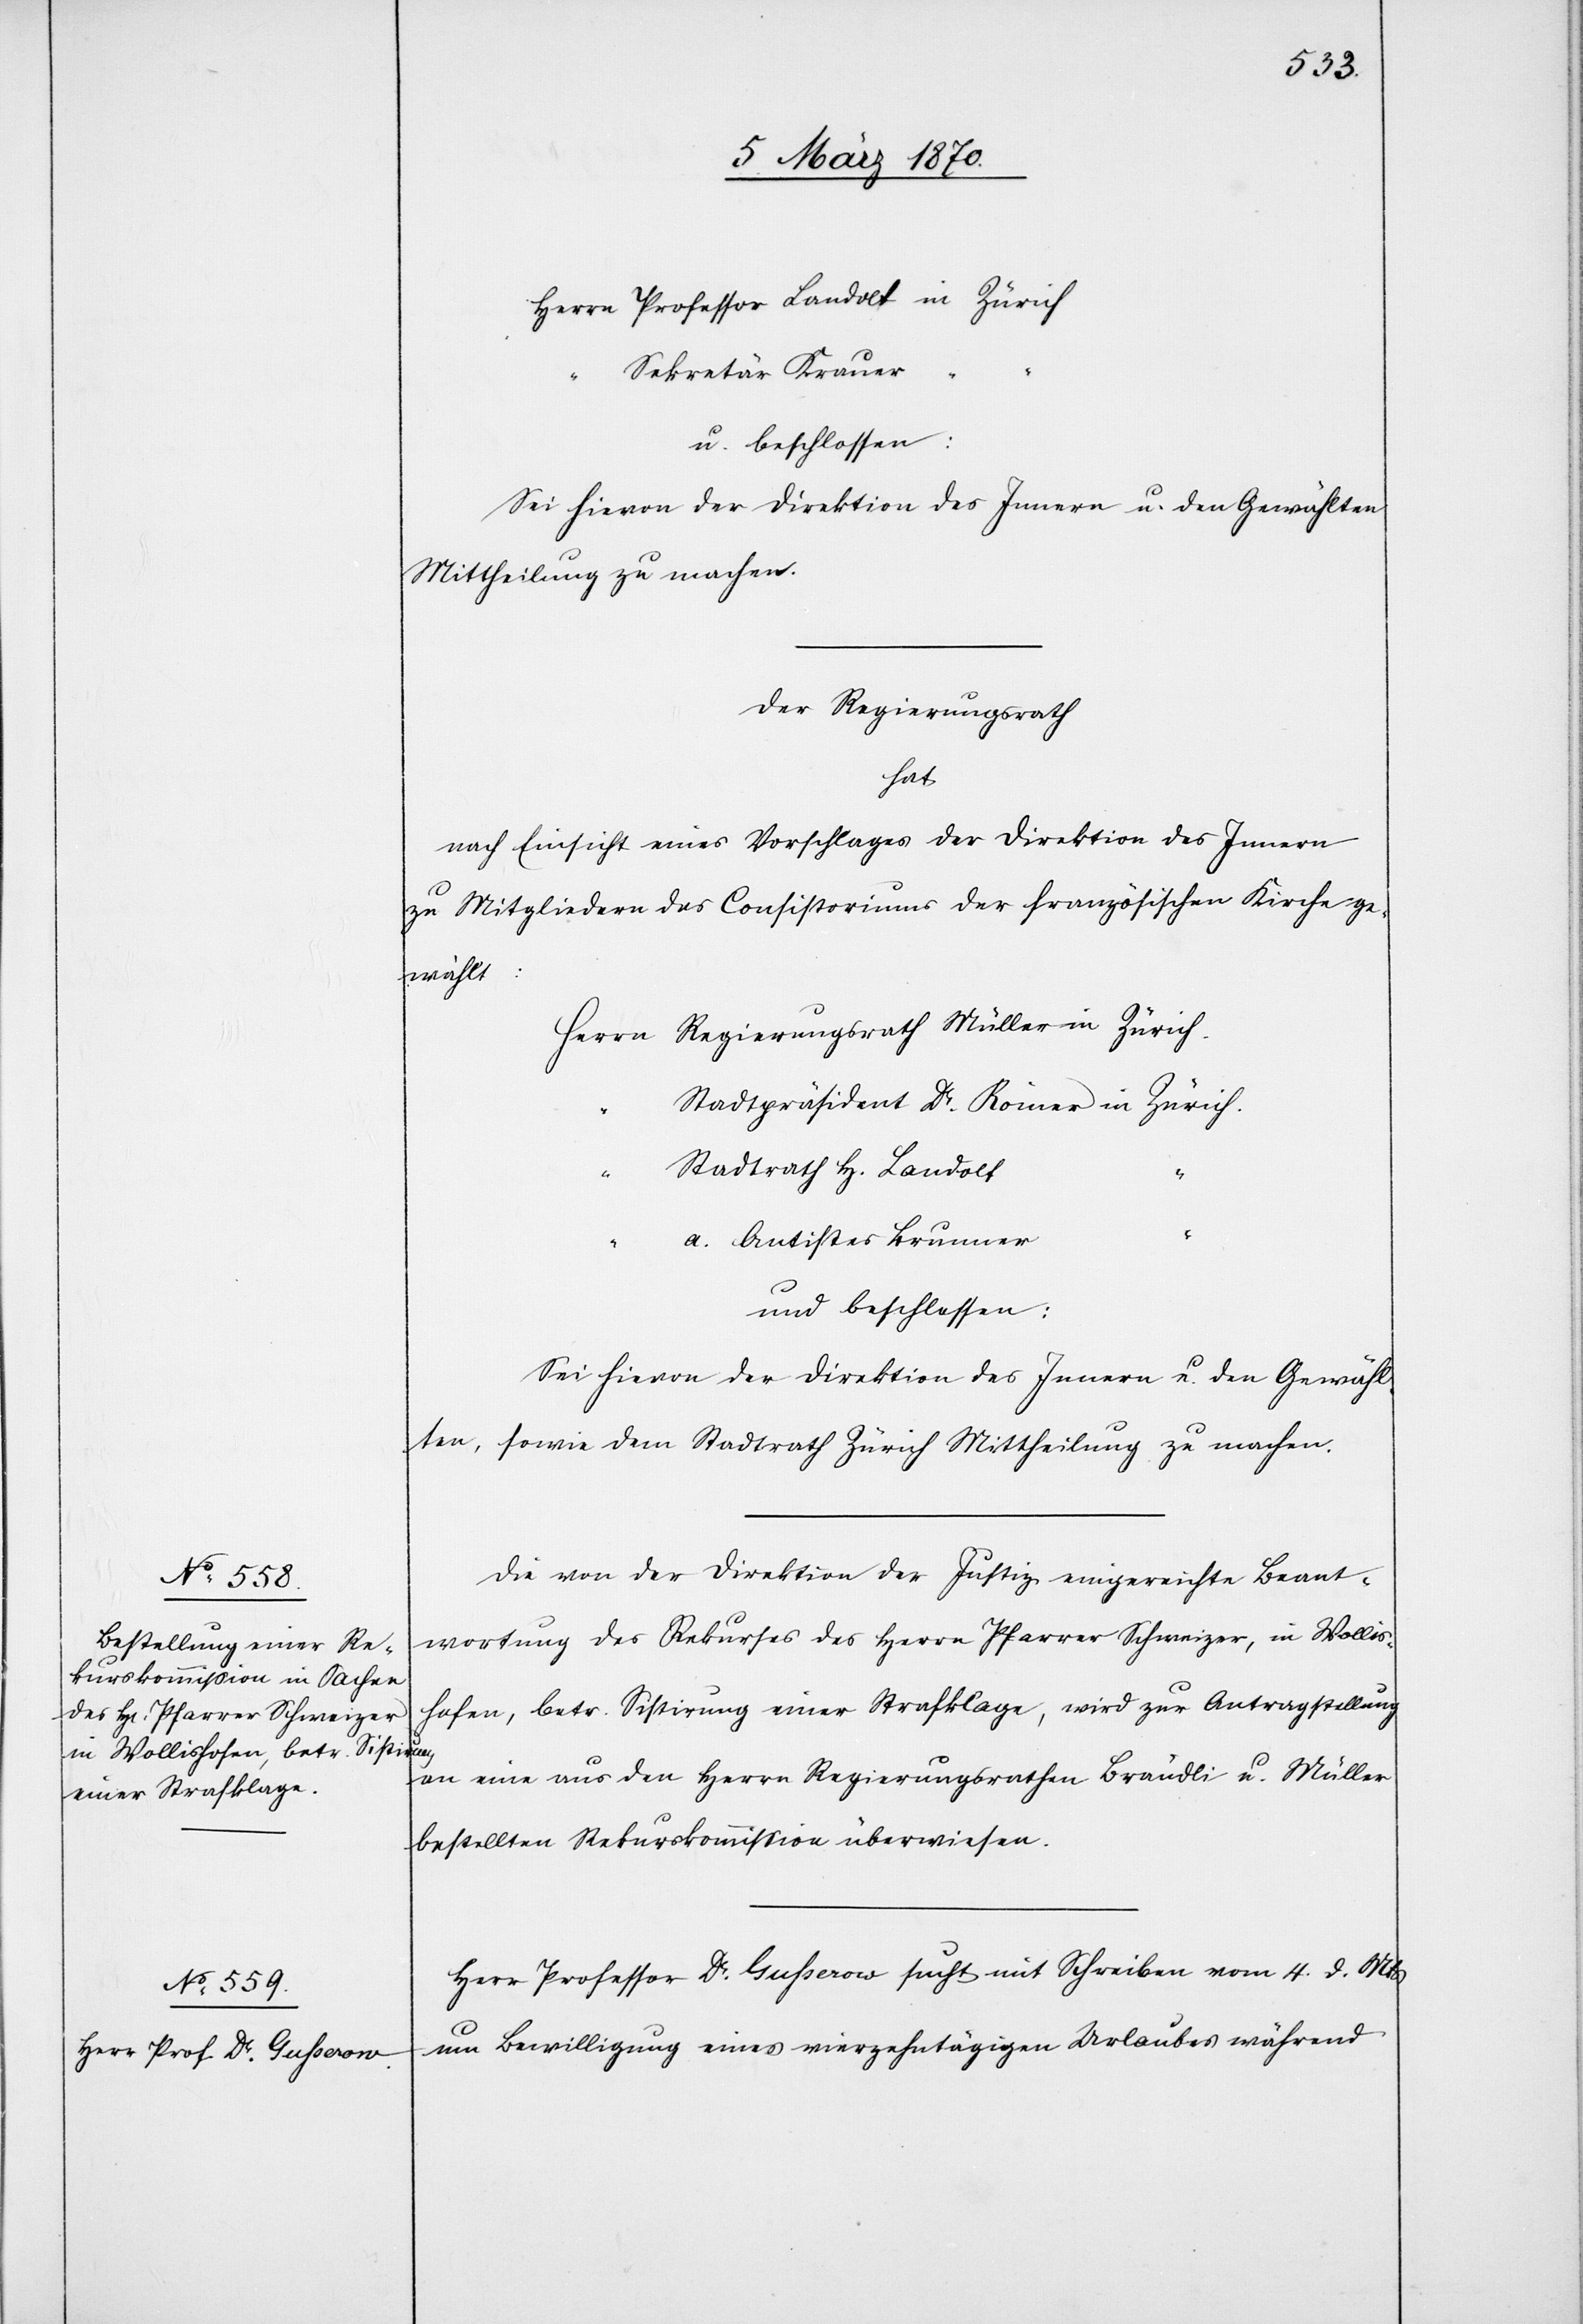
Herrn Professor Landolt in Zürich
Sekretär Krauer
u. beschlossen:
Sei hievon der Direktion des Innern u. den Gewählten
Mittheilung zu machen.
Der Regierungsrath
hat
nach Einsicht eines Vorschlages der Direktion des Innern
zu Mitgliedern des Consistoriums der französischen Kirche ge¬
wählt:
Herrn Regierungsrath Müller in Zürich.
Stadtpräsident Dr. Römer in Zürich.
Stadtrath H. Landolt
a. Antistes Brunner
und beschlossen:
Sei hievon der Direktion des Innern u. den Gewähl¬
ten, sowie dem Stadtrath Zürich Mittheilung zu machen.
Die von der Direktion der Justiz eingereichte Beant¬
wortung des Rekurses des Herrn Pfarrer Schweizer, in Wollis¬
hofen, betr. Sistirung einer Strafklage, wird zur Antragstellung
an eine aus den Herrn Regierungsrathen [sic!] Brändli u. Müller
bestellten Rekurskommission überwiesen.
Herr Professor Dr. Gusserow sucht mit Schreiben vom 4. d. Mts
um Bewilligung eines vierzehntägigen Urlaubes während